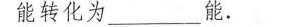
能转化为_______能。